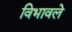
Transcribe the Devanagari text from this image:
विभावले